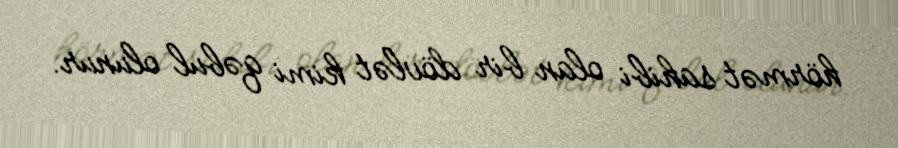
hörmət sahibi olan bir dövlət kimi qəbul olunur.